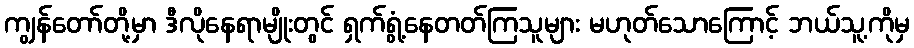
ကျွန်တော်တို့မှာ ဒီလိုနေရာမျိုးတွင် ရှက်ရွံ့နေတတ်ကြသူများ မဟုတ်သောကြောင့် ဘယ်သူ့ကိုမှ